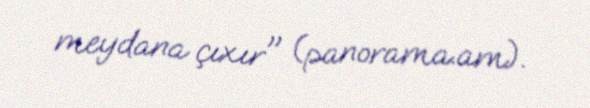
meydana çıxır" (panorama.am).